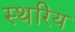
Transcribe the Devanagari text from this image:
स्थरिय